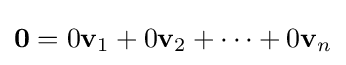
\mathbf {0} =0\mathbf {v} _{1}+0\mathbf {v} _{2}+\cdots +0\mathbf {v} _{n}